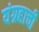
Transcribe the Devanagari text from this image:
यंग्रहाची